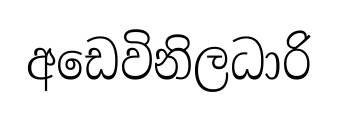
අඩෙවිනිලධාරි